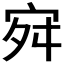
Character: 𭓬